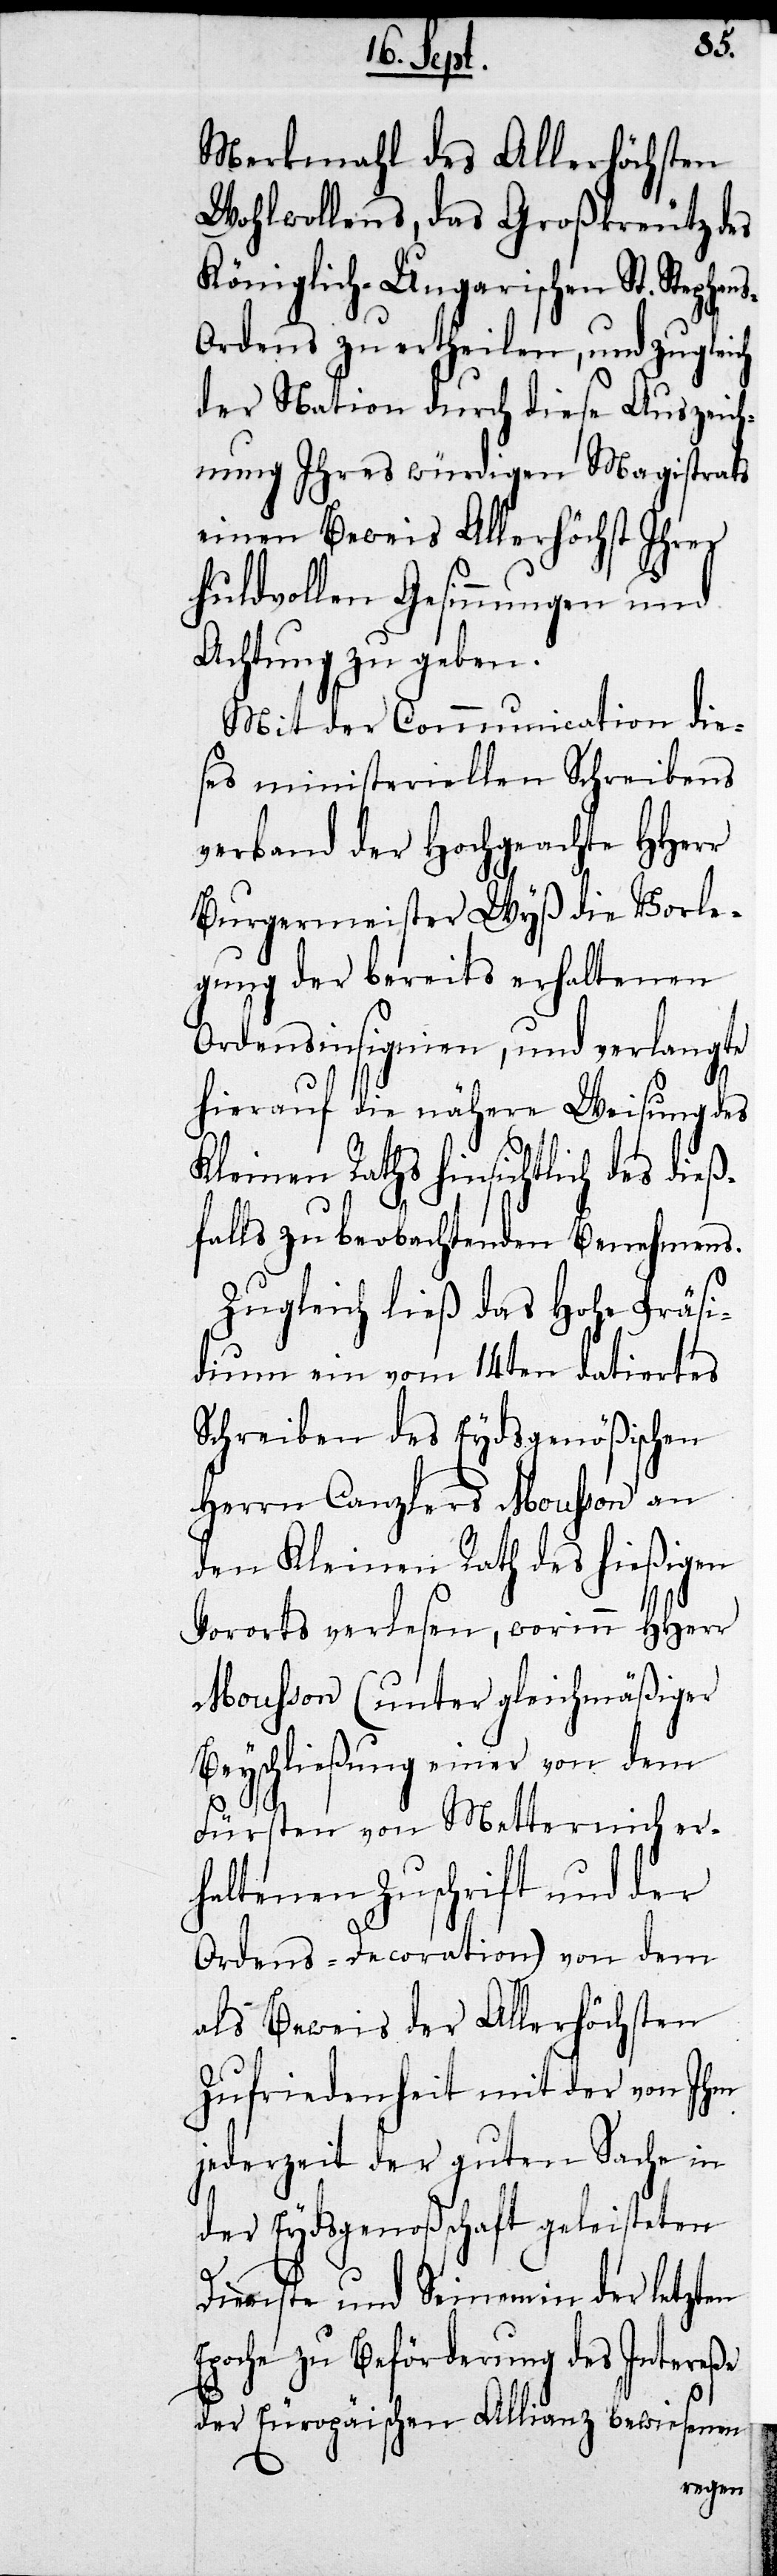
ns-O¬
Merkmahl des Allerhöchsten
Wohlwollens, das Großkreutz des
Königlich-Ungarischen St. Stepha¬
rdens zu ertheilen, und zugleich
der Nation durch diese Auszeich¬
nung Ihres würdigen Magistrats
einen Beweis Allerhöchst Ihrer
huldvollen Gesinnungen und
Achtung zu geben.
Mit der Communication die¬
ses ministeriellen Schreibens
verband der Hochgeachte HHerr
Burgermeister Wyß die Vorle¬
gung der bereits erhaltenen
Ordensinsignien, und verlangte
hierauf die nähere Weisung des
Kleinen Raths hinsichtlich des dieß¬
falls zu beobachtenden Benehmens.
Zugleich ließ das Hohe Präsi¬
dium ein vom 14ten datiertes
Schreiben des Eydsgenößischen
Herrn Canzler Mousson an
den Kleinen Rath des hießigen
Vororts verlesen, worinn HHerr
Mousson (unter gleichmäßiger
Beyschließung einer von dem
Fürsten von Metternich er¬
haltenen Zuschrift und der
Ordens-Decoration) von dem
als Beweis der Allerhöchsten
Zufriedenheit mit der von Ihm
jederzeit der guten Sache in
der Eydsgenoßenschaft geleisteten
Dienst und Seinem in der letzten
Epoche zu Beförderung des Intereße
der Europäischen Allianz bewiesenen